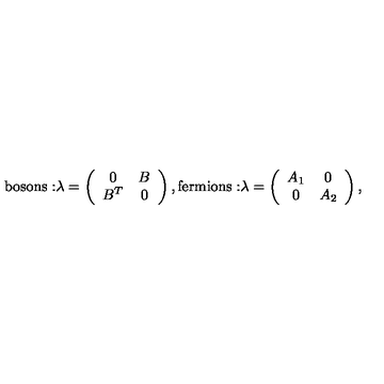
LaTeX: \mathrm { b o s o n s : } \lambda = \left( \begin{array} { c c } { 0 } & { B } \\ { B ^ { T } } & { 0 } \\ \end{array} \right) , \mathrm { f e r m i o n s : } \lambda = \left( \begin{array} { c c } { A _ { 1 } } & { 0 } \\ { 0 } & { A _ { 2 } } \\ \end{array} \right) ,